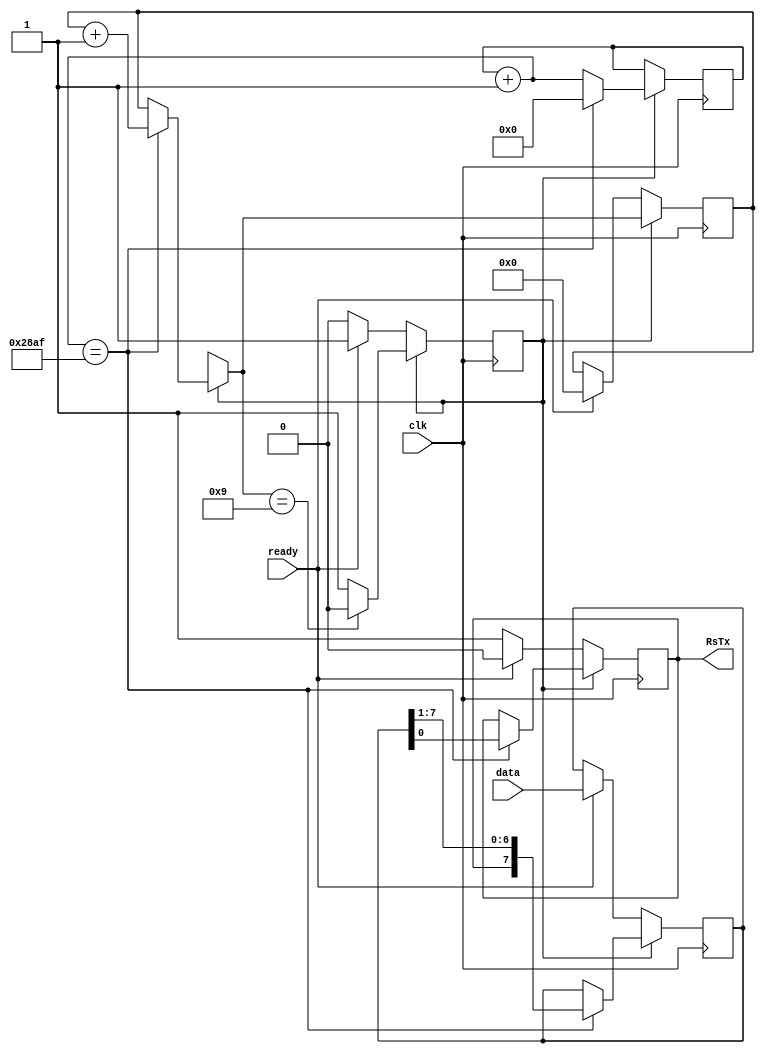
`timescale 1ns / 1ps
//////////////////////////////////////////////////////////////////////////////////
// Company: 
// Engineer: 
// 
// Design Name: 
// Module Name: UartTransmit
// Project Name: 
// Target Devices: 
// Tool Versions: 
// Description: 
// 
// Dependencies: 
// 
// Revision:
// Revision 0.01 - File Created
// Additional Comments:
// 
//////////////////////////////////////////////////////////////////////////////////


module UartTransmit(output reg RsTx, input [7:0] data, input ready, input clk);
    reg [7:0] buffer;
    reg writing = 0;
    reg [13:0] count;
    reg [4:0] bitCount = 0;
    always @(posedge clk) begin
        if (~writing) begin
            RsTx = 1;
            if(ready == 1) begin
                writing = 1;
                bitCount = 0;
                buffer = data;
                RsTx = 0;
            end
        end
        else begin
            count = count + 1;
            if(count == 14'd10415) begin
                count = 0;
                bitCount = bitCount + 1;
                {buffer, RsTx} = {RsTx, buffer};
            end
            if(bitCount == 5'd9) begin
                writing = 0;
            end
        end
    end
endmodule